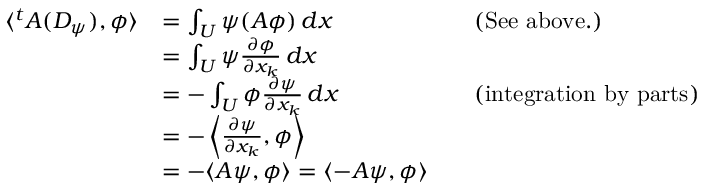
{ \begin{array} { r l r l } { \langle ^ { t } A ( D _ { \psi } ) , \phi \rangle } & { = \int _ { U } \psi ( A \phi ) \, d x } & & { { \mathrm { ( S e e ~ a b o v e . ) } } } \\ & { = \int _ { U } \psi { \frac { \partial \phi } { \partial x _ { k } } } \, d x } \\ & { = - \int _ { U } \phi { \frac { \partial \psi } { \partial x _ { k } } } \, d x } & & { { \mathrm { ( i n t e g r a t i o n ~ b y ~ p a r t s ) } } } \\ & { = - \left\langle { \frac { \partial \psi } { \partial x _ { k } } } , \phi \right\rangle } \\ & { = - \langle A \psi , \phi \rangle = \langle - A \psi , \phi \rangle } \end{array} }